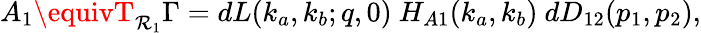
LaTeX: A_{1}\equivT_{\mathcal{R}_{1}}\Gamma=dL(k_{a},k_{b};q,0)~H_{A1}(k_{a},k_{b})~dD_{12}(p_{1},p_{2}),